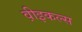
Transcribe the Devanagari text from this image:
व़ीइकल्स